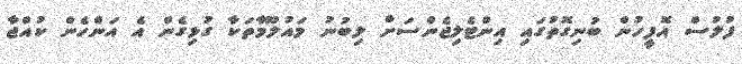
ފުލުސް އޮފީހުން ބުނިގޮތުގައި އިންޓެލިޖެންސަށް ލިބުނު މައުލޫމާތަކާ ގުޅިގެން އެ އަންހެން ކުއްޖާ